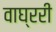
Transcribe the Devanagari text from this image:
वाघ्ररी